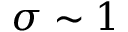
\sigma \sim 1